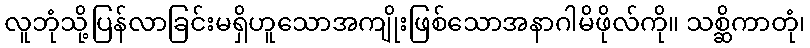
လူဘုံသို့ပြန်လာခြင်းမရှိဟူသောအကျိုးဖြစ်သောအနာဂါမိဖိုလ်ကို။ သစ္ဆိကာတုံ၊